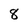
Character: 8